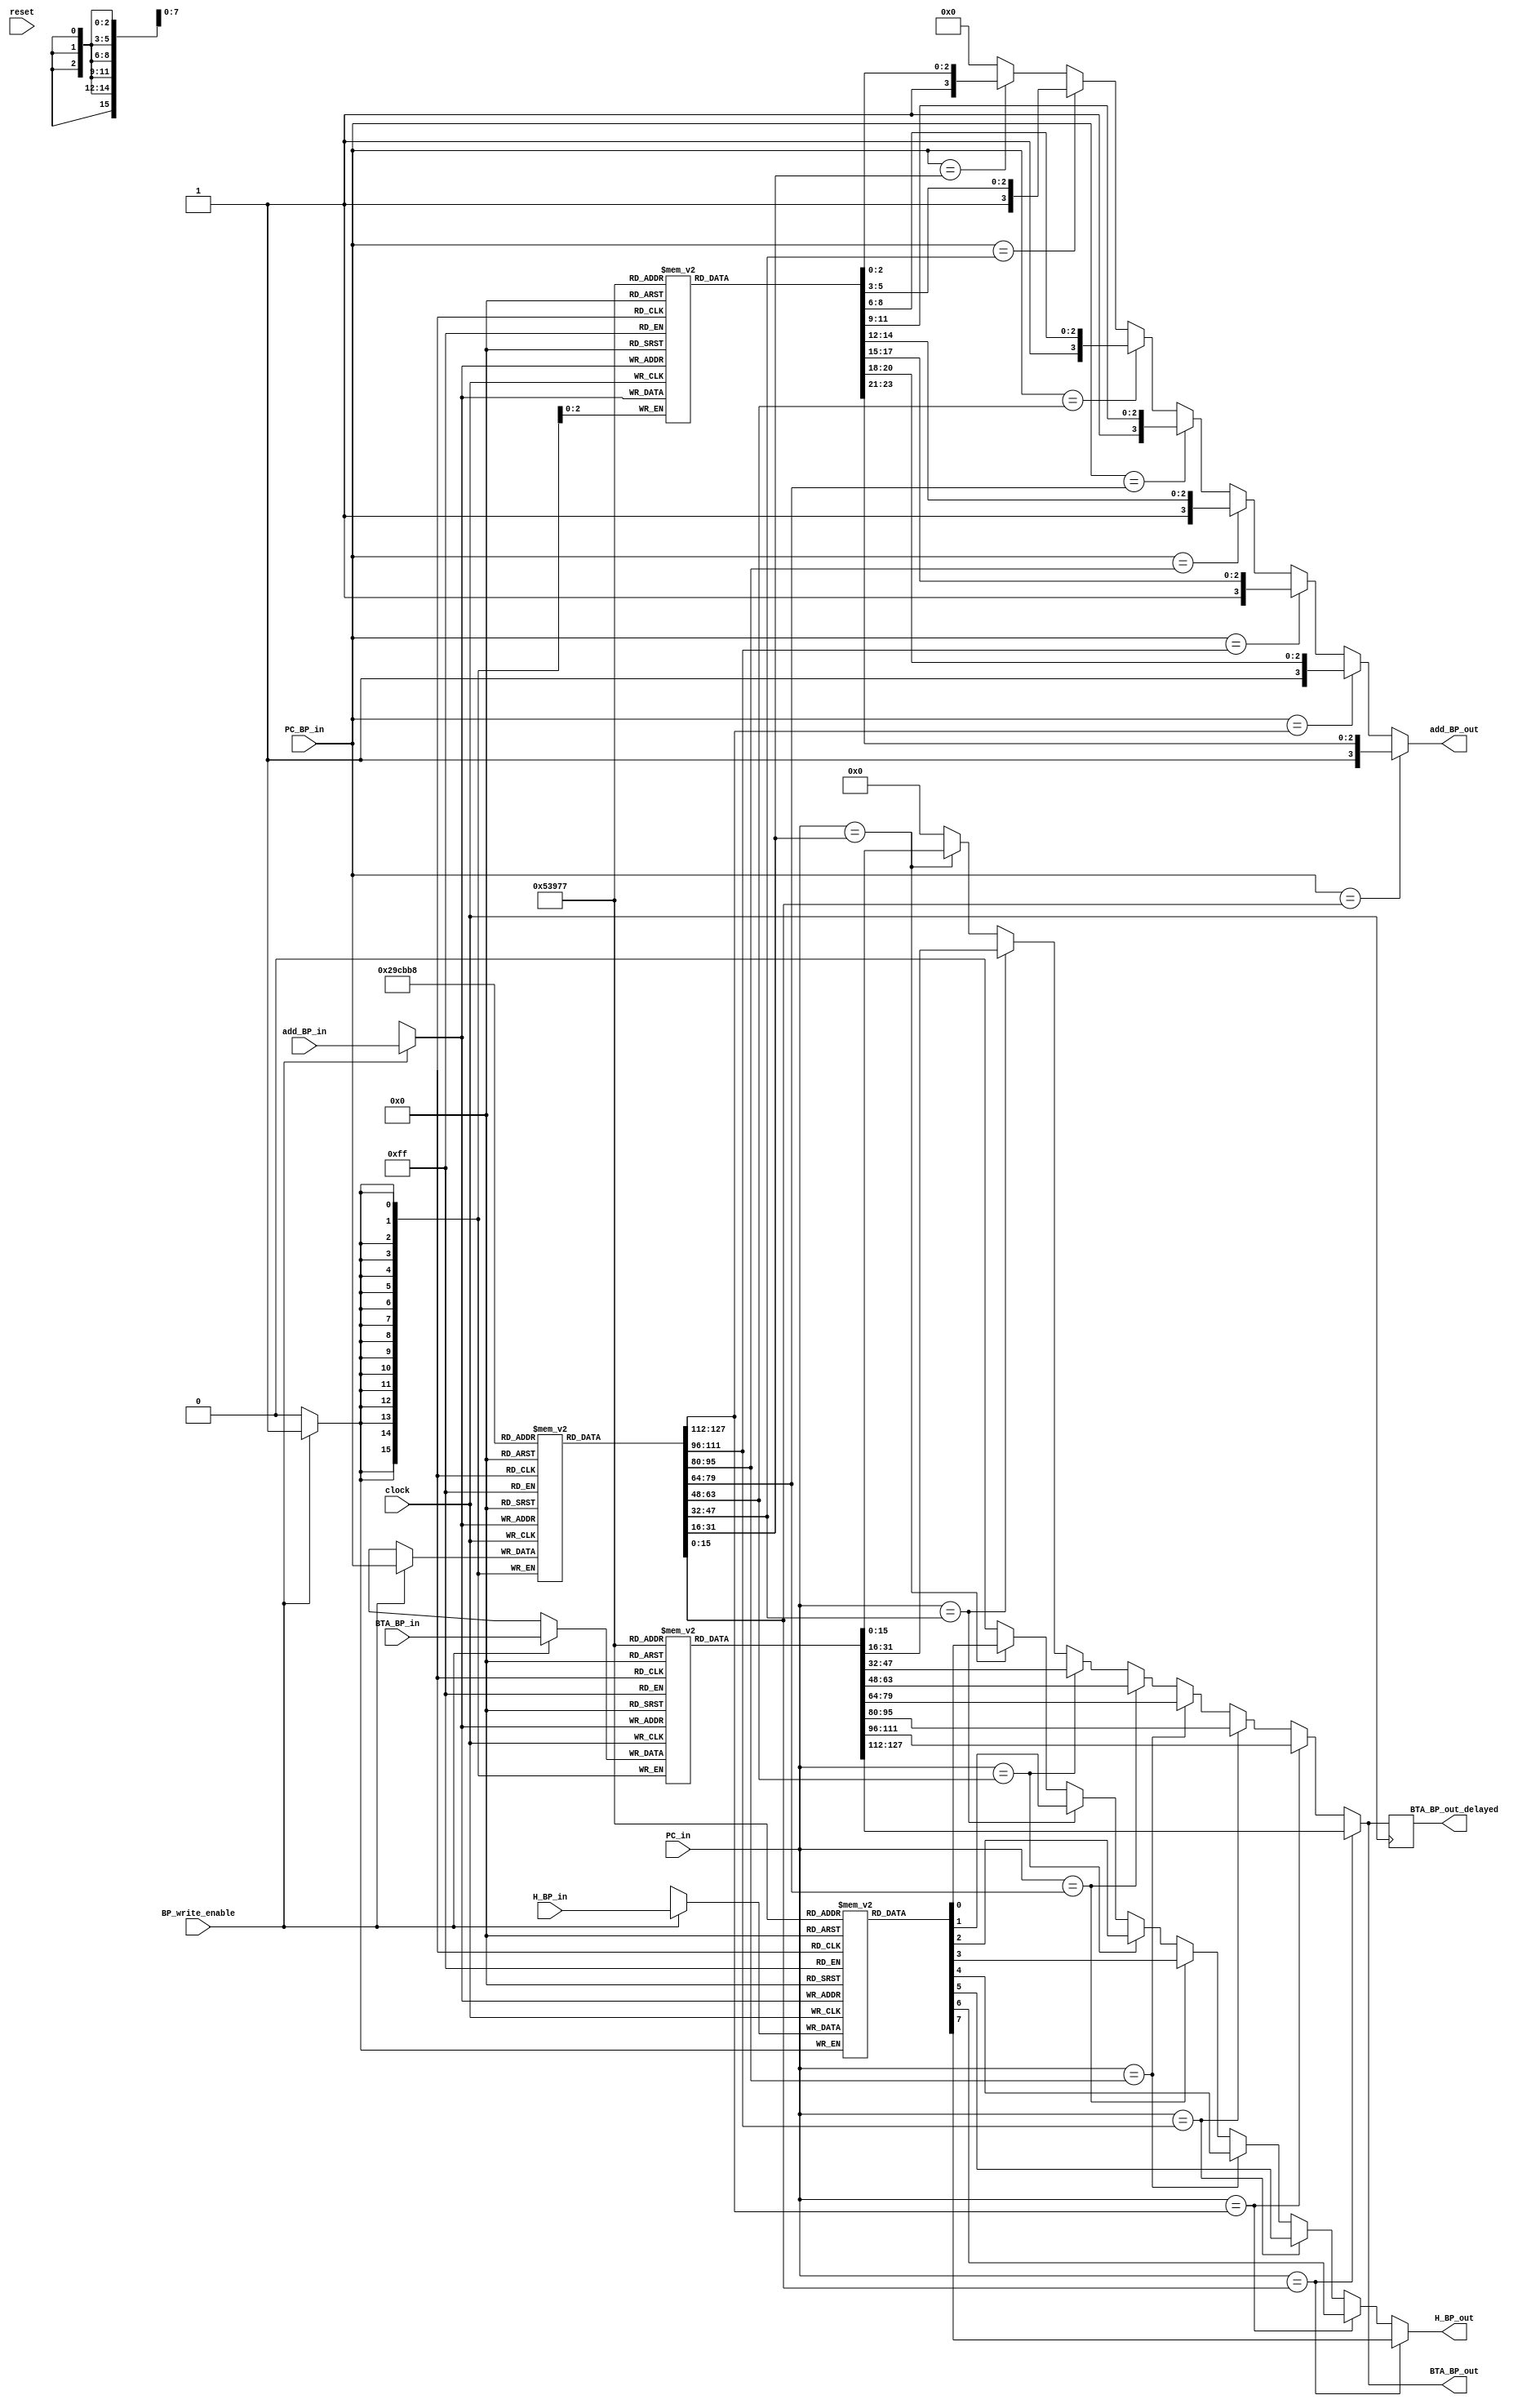
module BranchPredictor(add_BP_out, BTA_BP_out, BTA_BP_out_delayed, H_BP_out, add_BP_in, PC_BP_in, BTA_BP_in, H_BP_in, PC_in, clock, reset, BP_write_enable);
output reg [15:0] BTA_BP_out, BTA_BP_out_delayed;
output reg H_BP_out;
output reg [3:0] add_BP_out;

input [15:0] PC_BP_in, BTA_BP_in, PC_in; // One PC from mux output another from branchpredictor controller output	
input H_BP_in, clock, reset, BP_write_enable;
input [2:0] add_BP_in;

reg [15:0] PC_BP[7:0];
reg [15:0] BTA_BP[7:0];
reg [2:0] add_BP[7:0];
reg H_BP[7:0];	// 16 bit PC, 16 bit BTA, 1 History bit, 2 bit address

integer k;

initial
begin
	for(k=0; k< 8; k=k+1)
	begin
		PC_BP[k] <= 16'b0;
		BTA_BP[k] <= 16'b0;
		add_BP[k] <= 3'b0;
		H_BP[k] <= 1'b0;
	end
end

always @(posedge clock)
begin
//	if(reset)
//	begin
//		PC_BP[0] <= 16'b0;
//		BTA_BP[0] <= 16'b101;
//		add_BP[0] <= 3'b0;
//		H_BP[0] <= 1'b1;
//	end
	
	if(BP_write_enable)
	begin
		PC_BP[add_BP_in] <= PC_BP_in;
		BTA_BP[add_BP_in] <= BTA_BP_in;
		add_BP[add_BP_in] <= add_BP_in;
		H_BP[add_BP_in] <= H_BP_in;
	end
	
end

always @(PC_BP_in, PC_BP) // This will check address of PC where it has to write BTA and History bit.
begin
	if(PC_BP_in == PC_BP[0])
	begin
		add_BP_out <= {1'b1, add_BP[0]};
	end
		
	else if(PC_BP_in == PC_BP[1])
	begin
		add_BP_out <= {1'b1, add_BP[1]};
	end
		
	else if(PC_BP_in == PC_BP[2])
	begin
		add_BP_out <= {1'b1, add_BP[2]};
	end
		
	else if(PC_BP_in == PC_BP[3])
	begin
		add_BP_out <= {1'b1, add_BP[3]};
	end
		
	else if(PC_BP_in == PC_BP[4])
	begin
		add_BP_out <= {1'b1, add_BP[4]};
	end
		
	else if(PC_BP_in == PC_BP[5])
	begin
		add_BP_out <= {1'b1, add_BP[5]};
	end
		
	else if(PC_BP_in == PC_BP[6])
	begin
		add_BP_out <= {1'b1, add_BP[6]};
	end
	
	else if(PC_BP_in == PC_BP[7])
	begin
		add_BP_out <= {1'b1, add_BP[7]};
	end
	
	else 
	begin
		add_BP_out <= 4'b0000;
	end
	
end

always @(PC_in, PC_BP)   //PC will check if BTA is available there if available it will read it and history bit.
begin
	if(PC_in == PC_BP[0])
	begin
		BTA_BP_out <= BTA_BP[0];
		H_BP_out <= H_BP[0];
	end
		
	else if(PC_in == PC_BP[1])
		begin
		BTA_BP_out <= BTA_BP[1];
		H_BP_out <= H_BP[1];
	end
		
	else if(PC_in == PC_BP[2])
		begin
		BTA_BP_out <= BTA_BP[2];
		H_BP_out <= H_BP[2];
	end
		
	else if(PC_in == PC_BP[3])
		begin
		BTA_BP_out <= BTA_BP[3];
		H_BP_out <= H_BP[3];
	end
		
	else if(PC_in == PC_BP[4])
		begin
		BTA_BP_out <= BTA_BP[4];
		H_BP_out <= H_BP[4];
	end
		
	else if(PC_in == PC_BP[5])
		begin
		BTA_BP_out <= BTA_BP[5];
		H_BP_out <= H_BP[5];
	end
		
	else if(PC_in == PC_BP[6])
		begin
		BTA_BP_out <= BTA_BP[6];
		H_BP_out <= H_BP[6];
	end
	
	else if(PC_in == PC_BP[7])
		begin
		BTA_BP_out <= BTA_BP[7];
		H_BP_out <= H_BP[7];
	end
	
	else
		begin
		BTA_BP_out <= 16'b0;
		H_BP_out <= 1'b0;
	end
	
end


always @(posedge clock)   //PC will check if BTA is available there if available it will read it and history bit.
begin
	if(PC_in == PC_BP[0])
	begin
		BTA_BP_out_delayed <= BTA_BP[0];
		
	end
		
	else if(PC_in == PC_BP[1])
		begin
		BTA_BP_out_delayed <= BTA_BP[1];
		
	end
		
	else if(PC_in == PC_BP[2])
		begin
		BTA_BP_out_delayed <= BTA_BP[2];
		
	end
		
	else if(PC_in == PC_BP[3])
		begin
		BTA_BP_out_delayed <= BTA_BP[3];
		
	end
		
	else if(PC_in == PC_BP[4])
		begin
		BTA_BP_out_delayed <= BTA_BP[4];
		
	end
		
	else if(PC_in == PC_BP[5])
		begin
		BTA_BP_out_delayed <= BTA_BP[5];
		
	end
		
	else if(PC_in == PC_BP[6])
		begin
		BTA_BP_out_delayed <= BTA_BP[6];
		
	end
	
	else if(PC_in == PC_BP[7])
		begin
		BTA_BP_out_delayed <= BTA_BP[7];
		
	end
	
	else
		begin
		BTA_BP_out_delayed <= 16'b0;
		
	end
end

endmodule